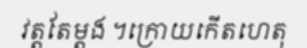
វត្តតែម្តង ។ក្រោយកើតហេតុ